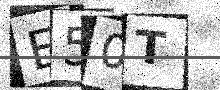
Text: E50T